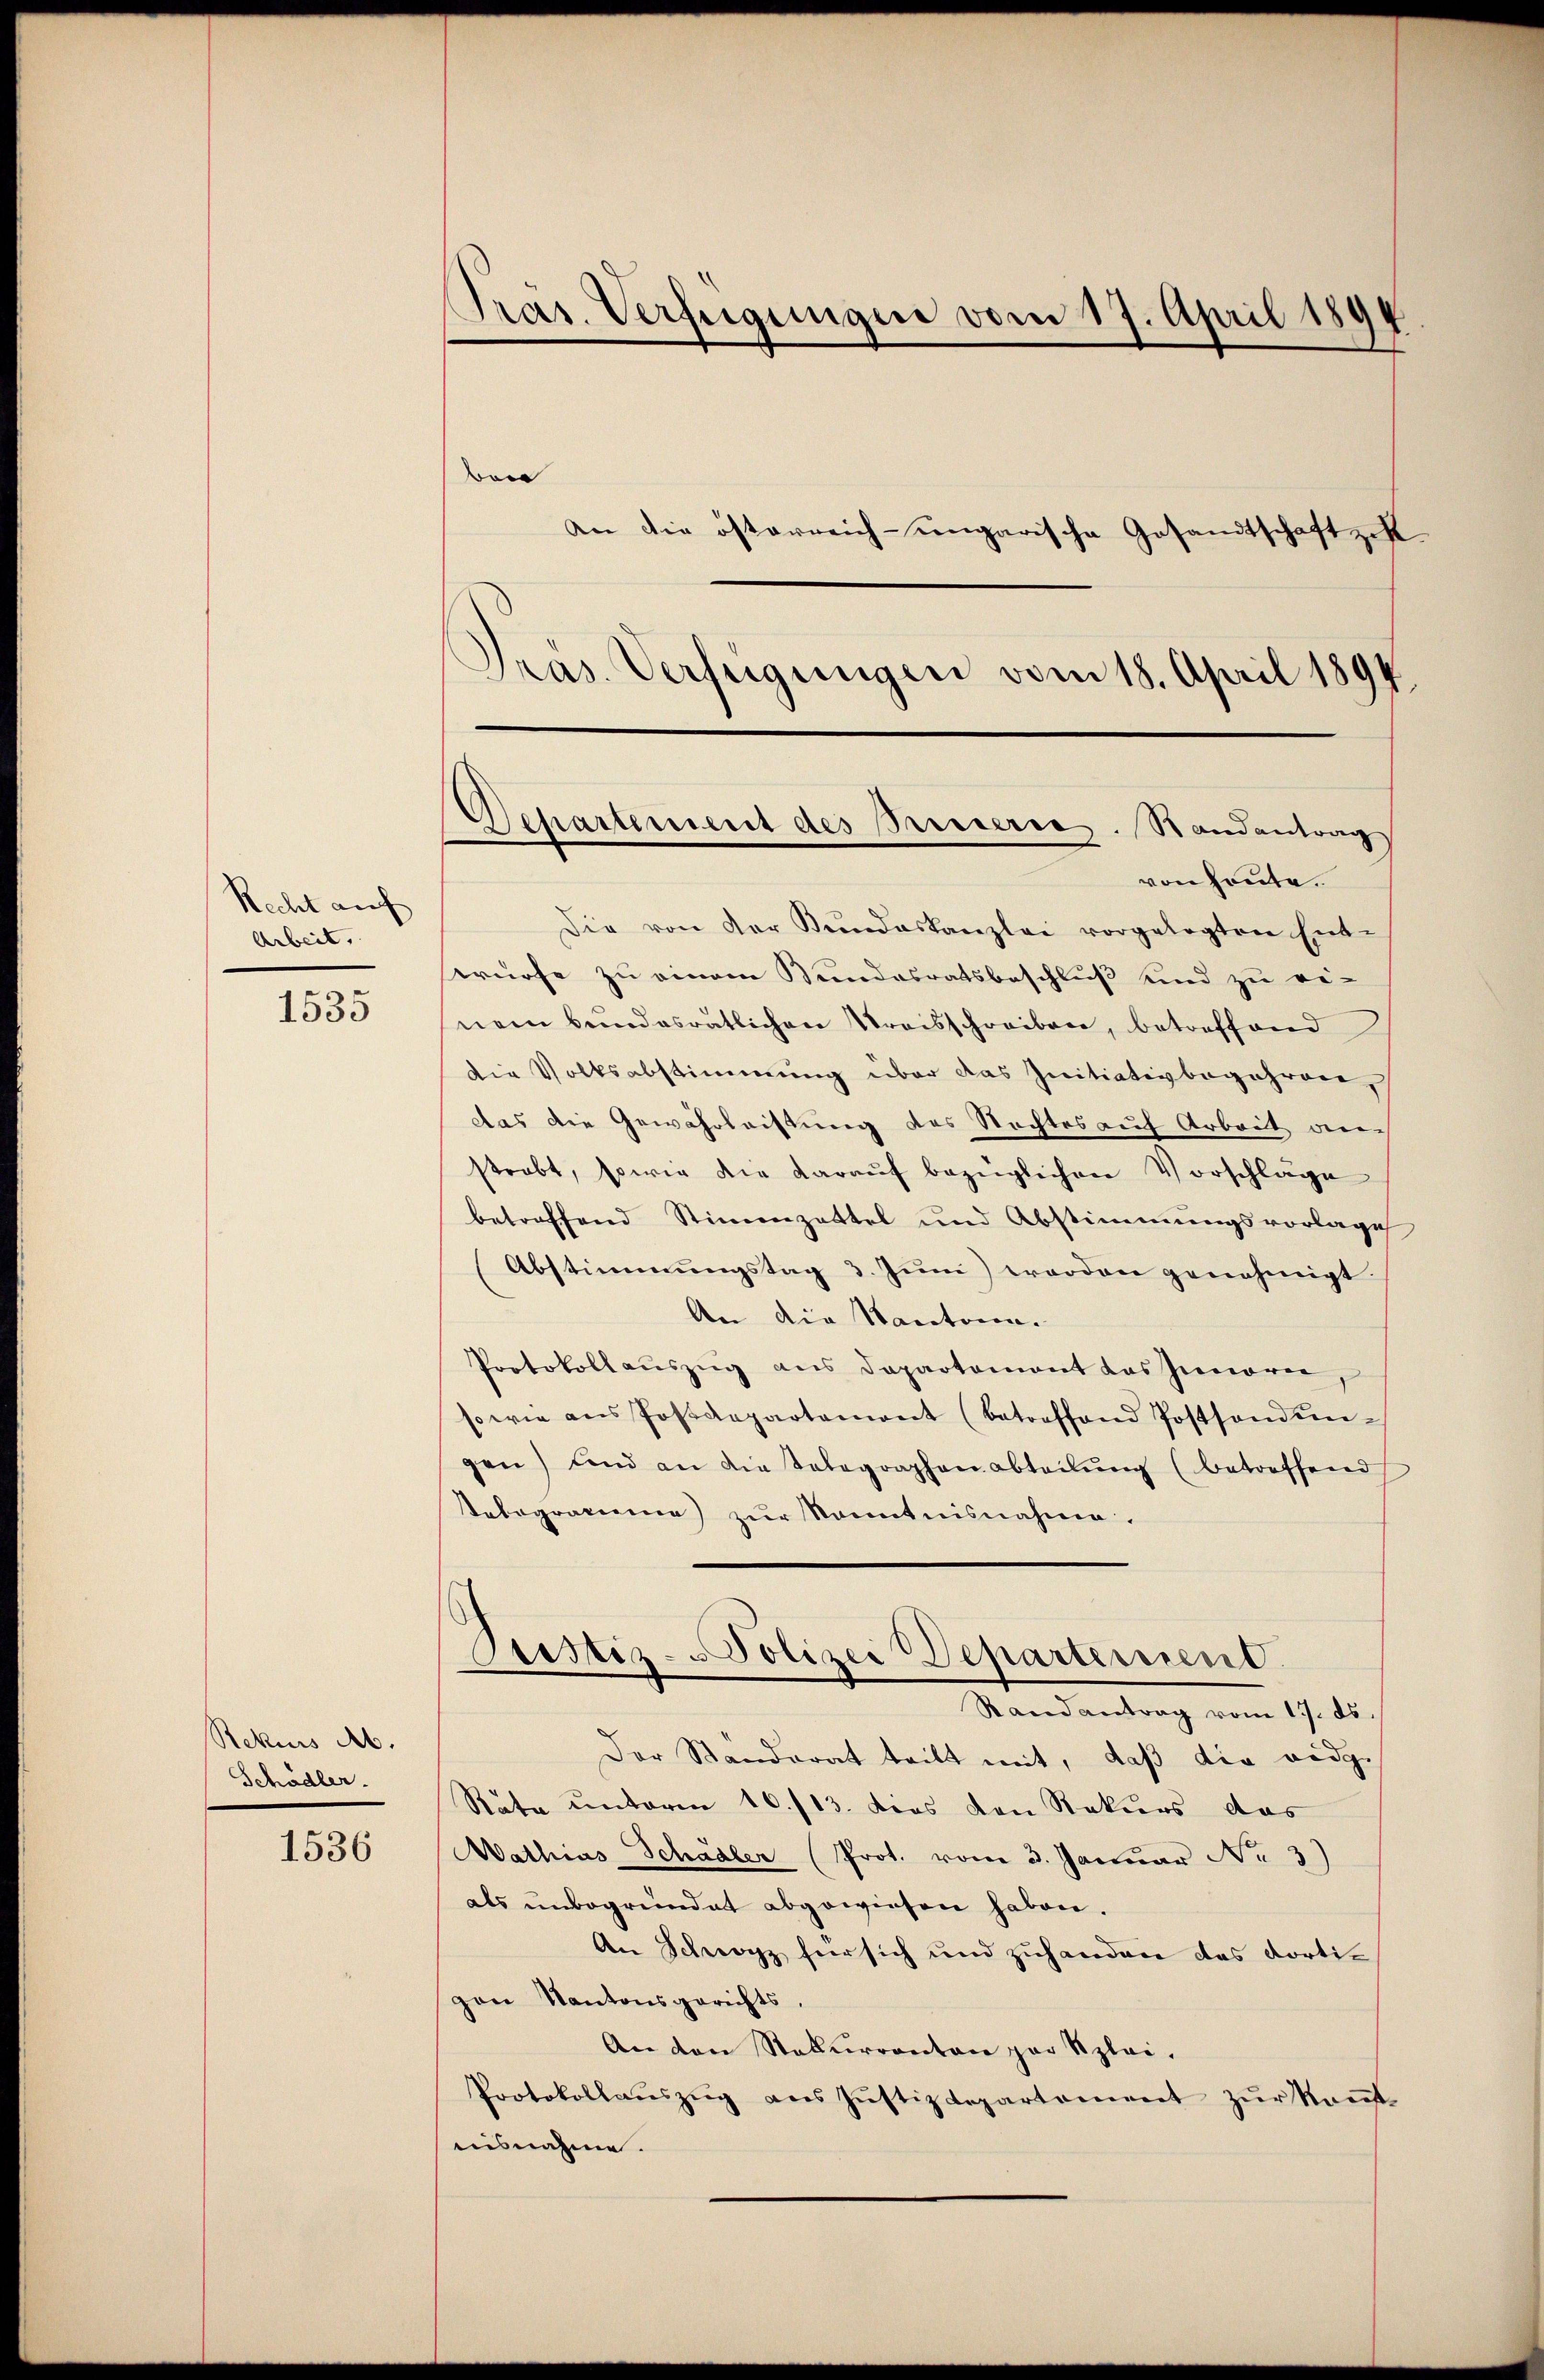
Recht auf
Arbeit,

1535

Rekurs Ab.
Schädler.

1536

Pras. Verfügungen vom 18. April 1894.

Pras. Verfügungen vom 17. April 1894
o
An die österreich-ungarische Gesandtschaft zeh

epartement des Presserres. Randantrag

von heute.
Die von der Kundeskanzlei vorgelegten Ent-
würfe zu einem Bundesratsbeschluß und zu ei-
nem Bŭndesratlichen Kreisschreiben, betreffend
Die Volksabstimmung über das Initiativbegehren,
das die Gewährleistung des Rechtes auf Arbeit an
strebt, sowie die daraŭf bezüglichen Vorschläge
betreffend Stimmzettel und Abstimmungsvorlage
Abstimmungstag 3. Juni worden genehmigt
An die Kantonen.
Protokollauszug aus Departement das Inneren,
sowie ans Postdepartament (betreffend Postsonden-
gen) und an die Telegraphen abteilŭng (betreffend
Tabogramme) zŭr Sonntnisnahme.
Justiz-Polizei Departemend
Randantrag vom 17. ds.
Der Standerat tritt mit, daß die eidge
Räte unterm 16./13. dies den Rekurs das
Wathias Schädler (Prot. vom 3. Januar No 3)
als ŭnbegründet abgewiesen haben.
An Schwyz für sich und zuhandere das Kortivon Kantonsgerichts,
An den Staturrenten par Szlei.
Protokollaŭszŭg ans Jŭstizdepartement zŭr Kaŭf-
ausnahme.